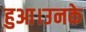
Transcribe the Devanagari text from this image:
हुआ।उनके